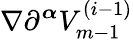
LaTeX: \nabla\partial^{\boldsymbol{\alpha}}V_{m-1}^{(i-1)}